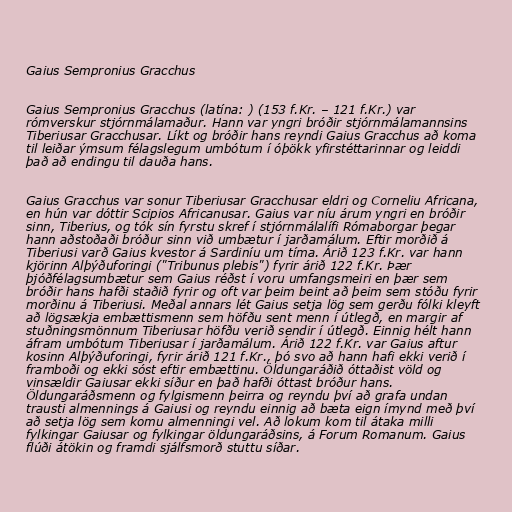
Gaius Sempronius Gracchus

Gaius Sempronius Gracchus (latína: ) (153 f.Kr. – 121 f.Kr.) var
rómverskur stjórnmálamaður. Hann var yngri bróðir stjórnmálamannsins
Tiberiusar Gracchusar. Líkt og bróðir hans reyndi Gaius Gracchus að koma
til leiðar ýmsum félagslegum umbótum í óþökk yfirstéttarinnar og leiddi
það að endingu til dauða hans.

Gaius Gracchus var sonur Tiberiusar Gracchusar eldri og Corneliu Africana,
en hún var dóttir Scipios Africanusar. Gaius var níu árum yngri en bróðir
sinn, Tiberius, og tók sín fyrstu skref í stjórnmálalífi Rómaborgar þegar
hann aðstoðaði bróður sinn við umbætur í jarðamálum. Eftir morðið á
Tiberiusi varð Gaius kvestor á Sardiníu um tíma. Árið 123 f.Kr. var hann
kjörinn Alþýðuforingi ("Tribunus plebis") fyrir árið 122 f.Kr. Þær
þjóðfélagsumbætur sem Gaius réðst í voru umfangsmeiri en þær sem
bróðir hans hafði staðið fyrir og oft var þeim beint að þeim sem stóðu fyrir
morðinu á Tiberiusi. Meðal annars lét Gaius setja lög sem gerðu fólki kleyft
að lögsækja embættismenn sem höfðu sent menn í útlegð, en margir af
stuðningsmönnum Tiberiusar höfðu verið sendir í útlegð. Einnig hélt hann
áfram umbótum Tiberiusar í jarðamálum. Árið 122 f.Kr. var Gaius aftur
kosinn Alþýðuforingi, fyrir árið 121 f.Kr., þó svo að hann hafi ekki verið í
framboði og ekki sóst eftir embættinu. Öldungaráðið óttaðist völd og
vinsældir Gaiusar ekki síður en það hafði óttast bróður hans.
Öldungaráðsmenn og fylgismenn þeirra og reyndu því að grafa undan
trausti almennings á Gaiusi og reyndu einnig að bæta eign ímynd með því
að setja lög sem komu almenningi vel. Að lokum kom til átaka milli
fylkingar Gaiusar og fylkingar öldungaráðsins, á Forum Romanum. Gaius
flúði átökin og framdi sjálfsmorð stuttu síðar.